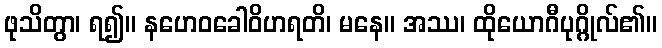
ဖုသိတွာ၊ ရ၍။ နဟေဝခေါဝိဟရတိ၊ မနေ။ အဿ၊ ထိုယောဂီပုဂ္ဂိုလ်၏။